Venemaal_asunud_Eesti_seltside_dokumendid, lk 21
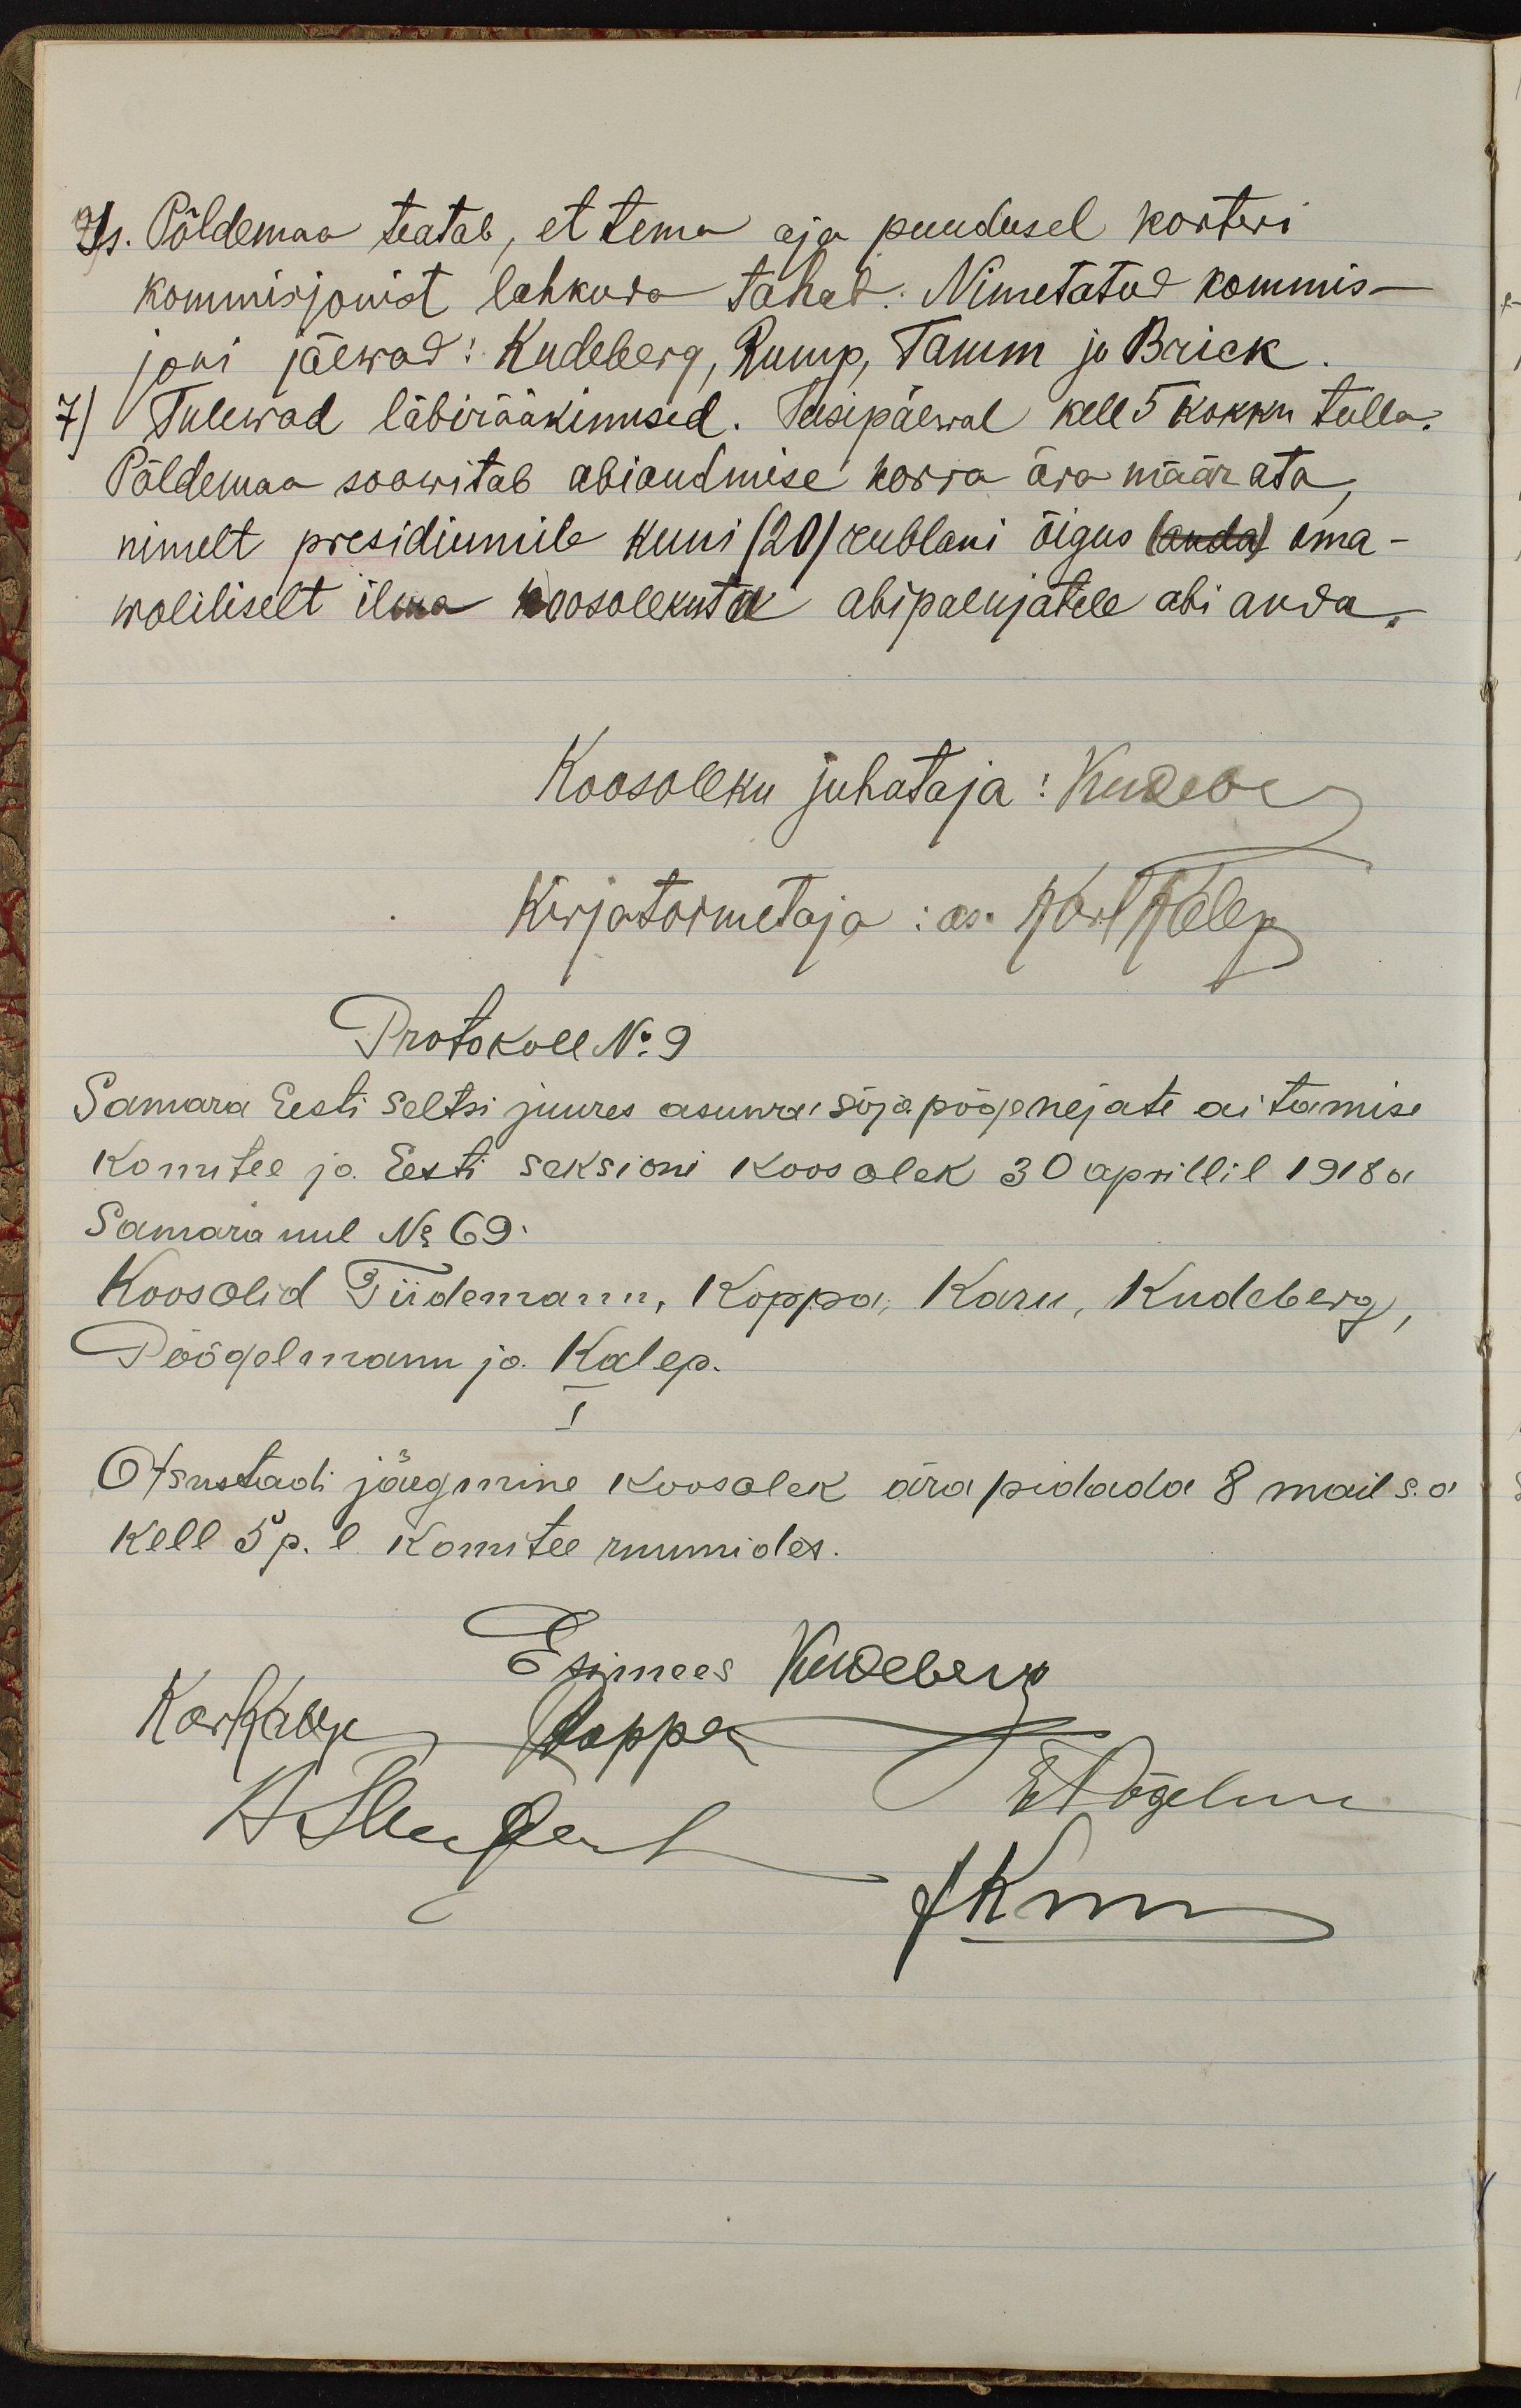
Is. Põldemaa teatab, et tema aja puudusel korteri
kommisjonist lahkuda tahab: Nimetatud kommis-
joni jäewad: Kudeberg, Rump, Tamm ja Brick.
7) Tulewad läbirääkimised. Teisipäewal kell 5 kokku tulla.
Põldemaa soowitab abiandmise korra ära määrata,
nimelt presidiumile kuni (20) rublani õigus (anda) oma-
woliliselt ilma koosolekuta abipalujatele abi anda.
Koosoleku juhataja: Kures
kirjatoimetaja: as. pool Helep
Protokoll No 9
Samara Eesti seltsi juures asuwa sõja põgenejate aitamise
komitee ja Eesti seksioni koosolek 30 aprillil 1918 a
Samara uul No 69.
Koos olid Tiidemann, Koppa, Karu, Kudeberg,
Pöögelmann ja Kalep.
I
Otsustadi järgmine koosolek ära pidada 8 mail s.a.
kell 5 p. l. Komitee ruumides.
Esimees Kwebev
H. Meeder
Nõgelm
Hnni